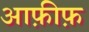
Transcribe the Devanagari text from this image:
आफ़ीफ़